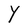
Character: Y